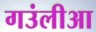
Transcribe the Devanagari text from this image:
गउंलीआ